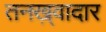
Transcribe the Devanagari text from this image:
तनख़्वादार